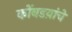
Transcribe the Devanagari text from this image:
कोंबडय़ांचे